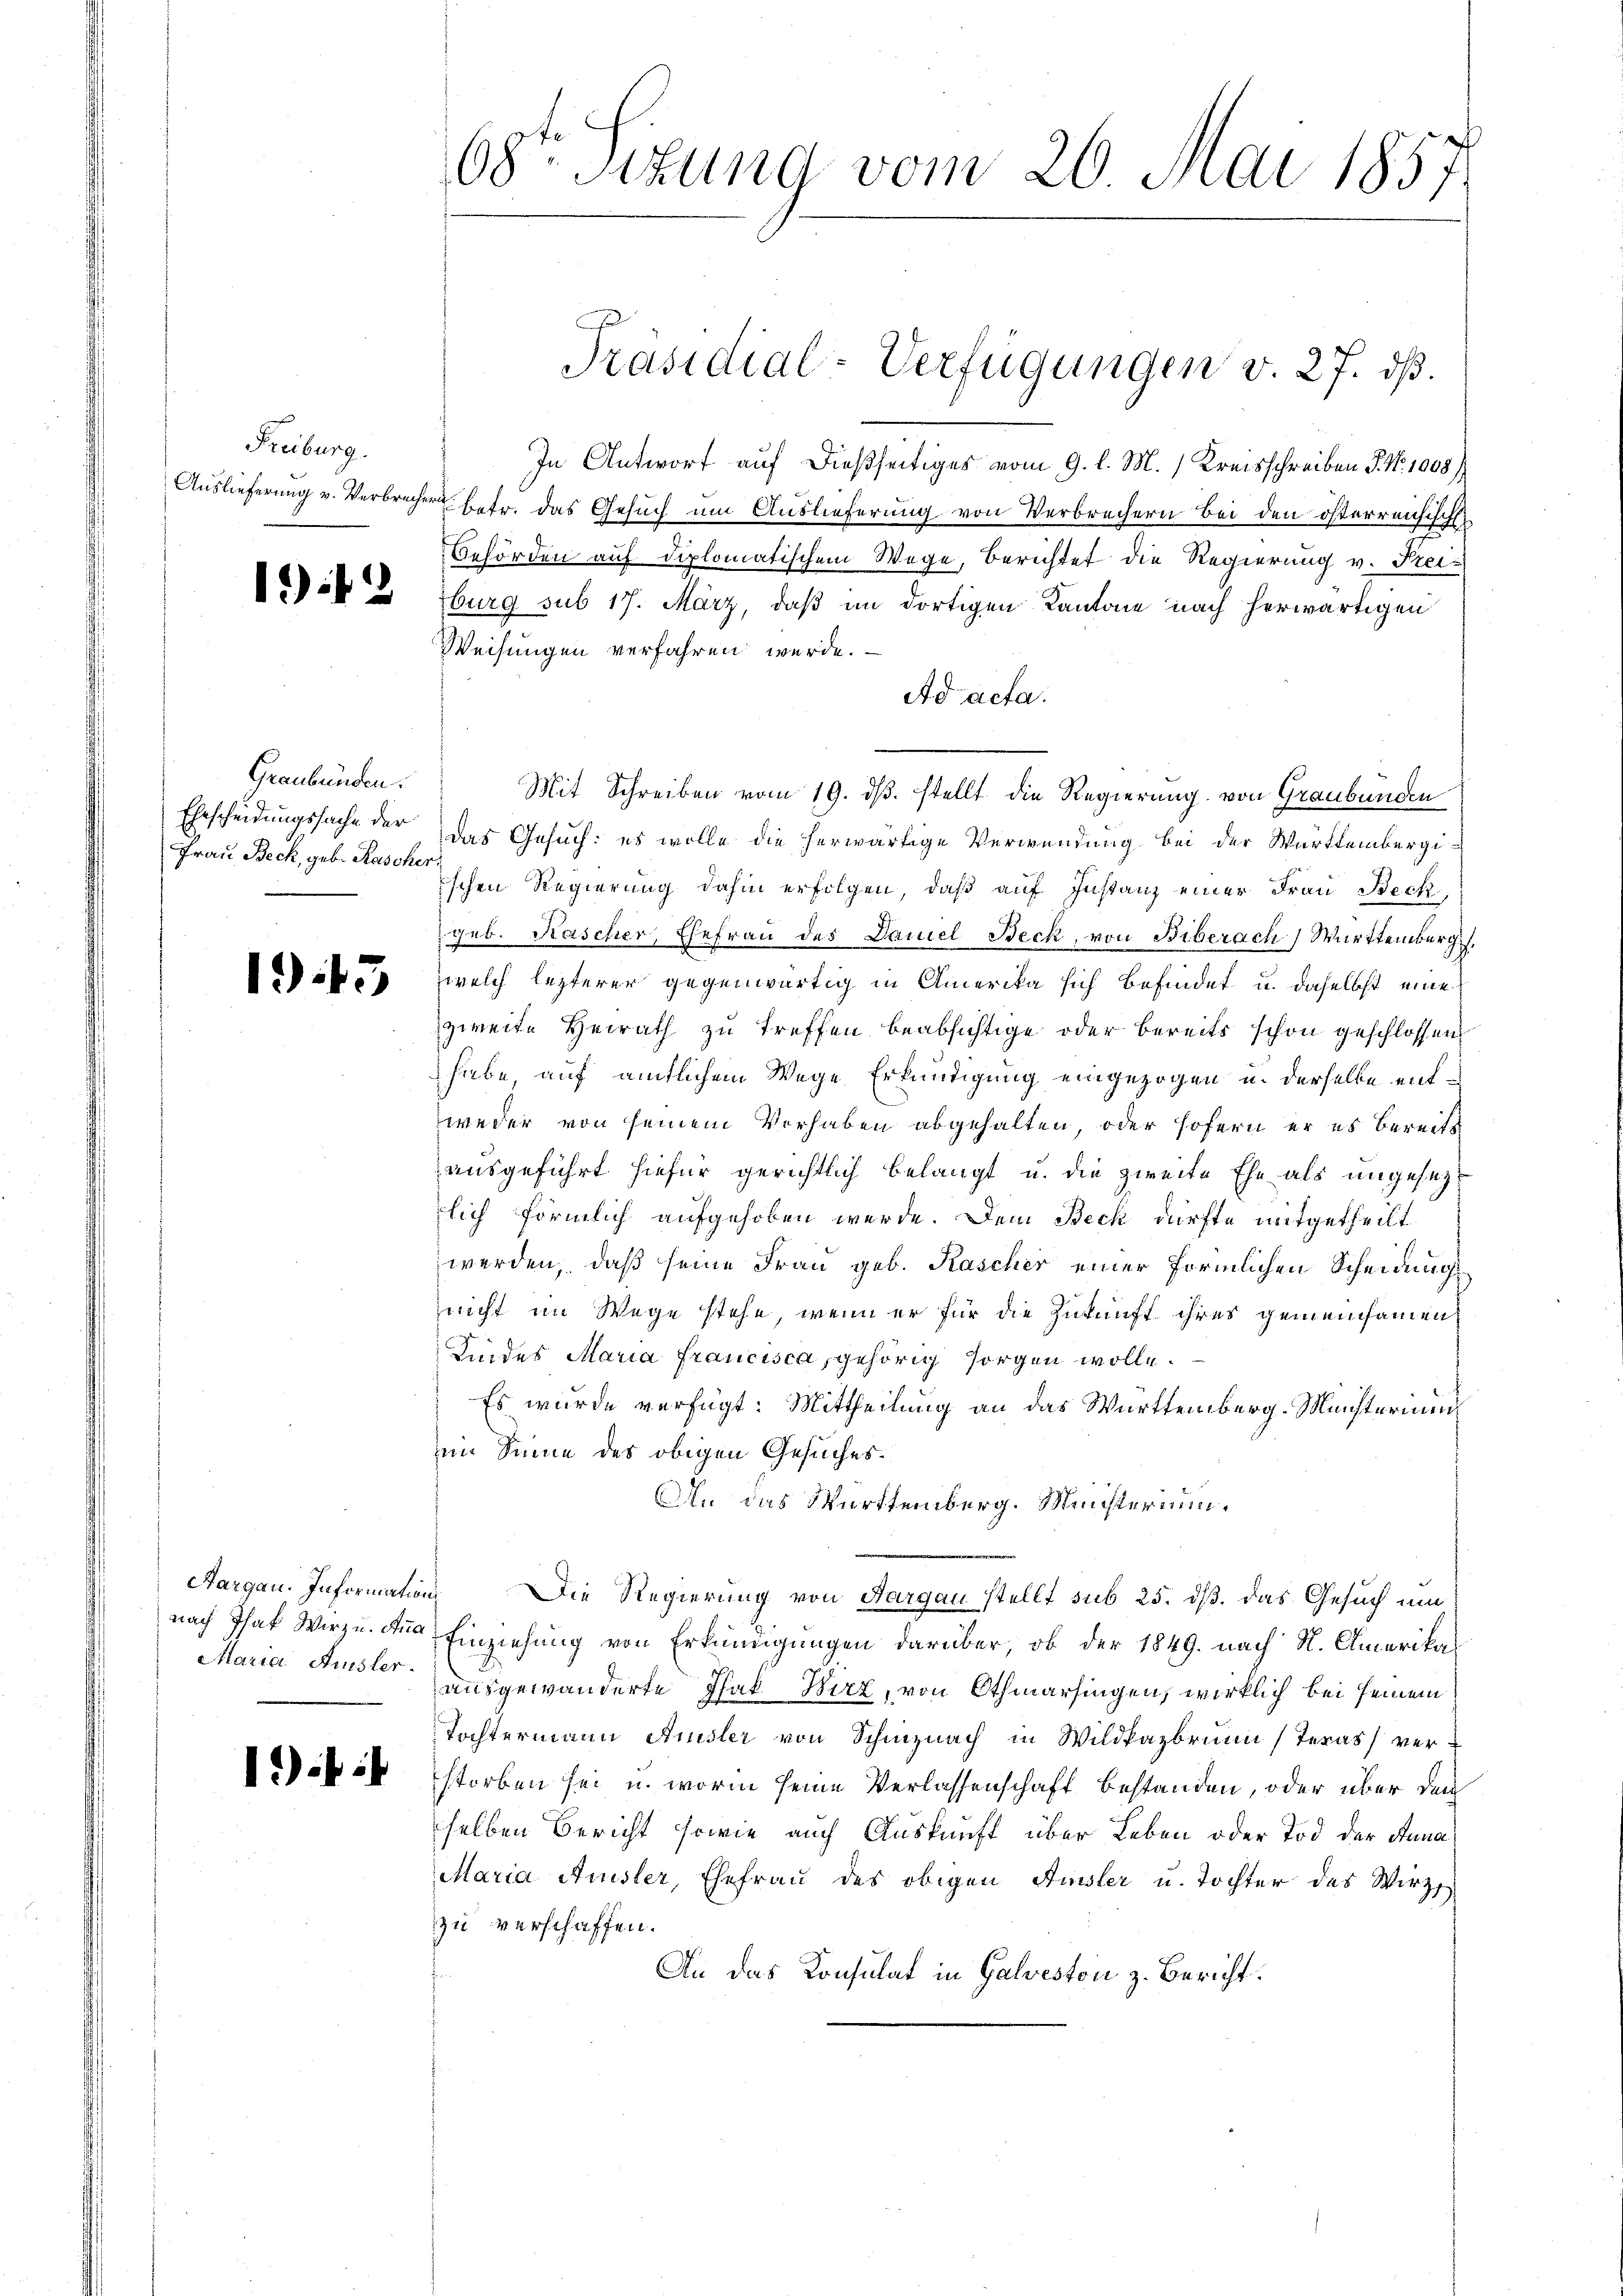
Freiburg.

192

Graubünden.
Ehescheidungssache der
Frau Beck, geb. Rascher

1943

Aargau. Information
nach That Wirzu. Ana
Maria Ausler.

1) i

68ten Sizung vom 26. Mai 1857

In Antwort auf dießseitiges vom 9. l. M. Kreisschreiben S. Nr. 1008)
Auslieferŭng u. Verbrecher betr. das Gesŭch ŭm Aŭslieferŭng von Verbrechern bei den österreichische
Behörden auf diplomatischem Wege, Berichtet die Regierung v. Freiburg sub 17. März, daß im dortigen Kantone nach herwärtigen
Weisungen verfahren werde.
Ad acta.
Mit Schreiben vom 19. ds. stellt die Regierung von Graubünden
Das Gesuch: es wolle die herwärtige Verwendung bei der Württembergiischen Regierung dahin erfolgen, daß auf Instanz einer Frau Beck
geb. Kascher, Ehefrau des Daniel Beck, von Biberach) Württemberg.
welch lezterer gegenwärtig in Amerika sich befindet u. daselbst eine
zweite Heirath zu treffen beabsichtige oder bereits schon geschlossen
habe, auf amtlichem Wege Erkundigung eingezogen u. derselbe entweder von seinem Vorhaben abgehalten, oder sofern er es bereits
ausgeführt hiefür gerichtlich belangt u. die zweite Ehe als ungesezt
lich förmlich aufgehoben werde. Dem Beck dürfte mitgetheilt
werden, daß seine Frau geb. Kascher einer förmlichen Scheidung
nicht im Wege stehe, wenn er für die Zukunft ihres gemeinsamen
Kindes Maria Francisca, gehörig sorgen wolle.
Es wurde verfügt: Mittheilung an das Württemberg. Meisterinen
im Sinne des obigen Gesuches.
An das Württemberg. Ministerium.
Die Regierung von Aargau stellt sub 25. dß. das Gesuch um
Einziehung von Erkundigungen darüber, ob der 1849. nach St. Amerikas
ausgewanderte That Wirz, von Othmarsingen, wirklich bei seinem
Tochtermann Amsler von Schinznach in Wildfazbrunn (Texas verstorben sei u. worin seine Verlassenschaft bestanden, oder über den
selben Bericht sowie auch Auskunft über Leben oder Tod der Anna
Maria Amsler, Ehefrau des obigen Amsler u. Tochter des Wirz
zu verschaffen.
An das Konsulat in Galveston z. Bericht.

Präsidial-Verfügungen v. 27. dß.